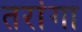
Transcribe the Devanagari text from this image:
तरांगा